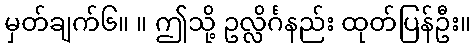
မှတ်ချက်၆။ ။ ဤသို့ ဥလ္လိင်္ဂနည်း ထုတ်ပြန်ဦး။